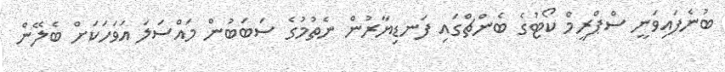
ބުނެފައިވަނީ ސްޕްރީމް ކޯޓުގެ ބެންޗްގައި ފަނޑިޔާރުން ނެތުމުގެ ސަބަބުން މައްސަލަ އަވަހަކަށް ބެލޭން